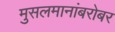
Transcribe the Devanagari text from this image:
मुसलमानांबरोबर